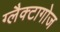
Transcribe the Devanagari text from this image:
ग्लैक्टागोज